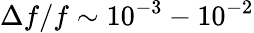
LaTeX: \Delta{f}/f\sim 10^{-3}-10^{-2}